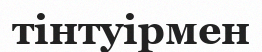
тінтуірмен